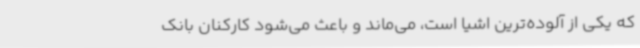
که یکی از آلوده‌ترین اشیا است، می‌ماند و باعث می‌شود کارکنان بانک